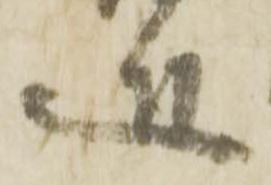
近